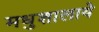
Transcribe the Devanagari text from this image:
मधुशालाये